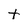
Character: t